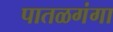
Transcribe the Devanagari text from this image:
पातळगंगा